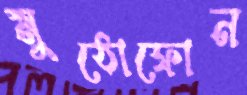
মুঠোফোন